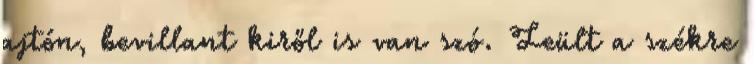
ajtón, bevillant kiről is van szó. Leült a székre